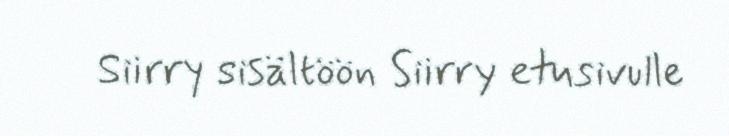
Siirry sisältöön Siirry etusivulle